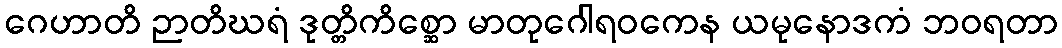
ဂေဟာတိ ဉာတိဃရံ ဒုတ္တိကိစ္ဆော မာတုဂေါရဝကေန ယမုနောဒကံ ဘဝရတာ